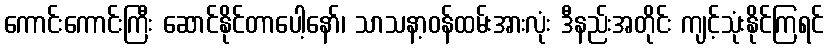
ကောင်းကောင်းကြီး ဆောင်နိုင်တာပေါ့နော်၊ သာသနာ့ဝန်ထမ်းအားလုံး ဒီနည်းအတိုင်း ကျင့်သုံးနိုင်ကြရင်